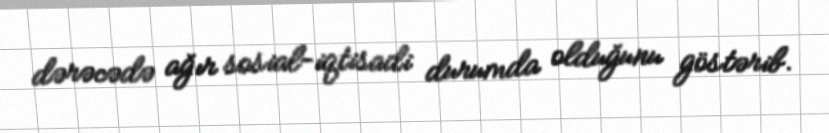
dərəcədə ağır sosial-iqtisadi durumda olduğunu göstərib.